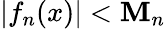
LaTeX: |f_{n}(x)|<\mathbf{M}_{n}